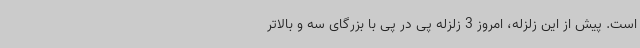
است. پیش از این زلزله، امروز 3 زلزله پی در پی با بزرگای سه و بالاتر